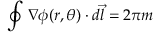
\oint { \nabla } \phi ( r , \theta ) \cdot d \vec { l } = 2 \pi m